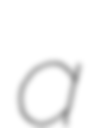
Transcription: a